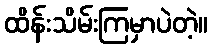
ထိန်းသိမ်းကြမှာပဲတဲ့။